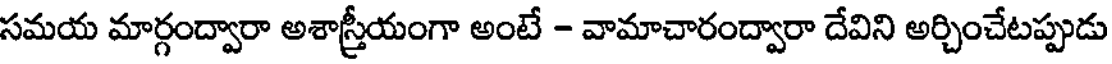
సమయ మార్గంద్వారా అశాస్త్రీయంగా అంటే - వామాచారంద్వారా దేవిని అర్చించేటప్పుడు